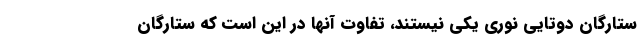
ستارگان دوتایی نوری یکی نیستند، تفاوت آنها در این است که ستارگان